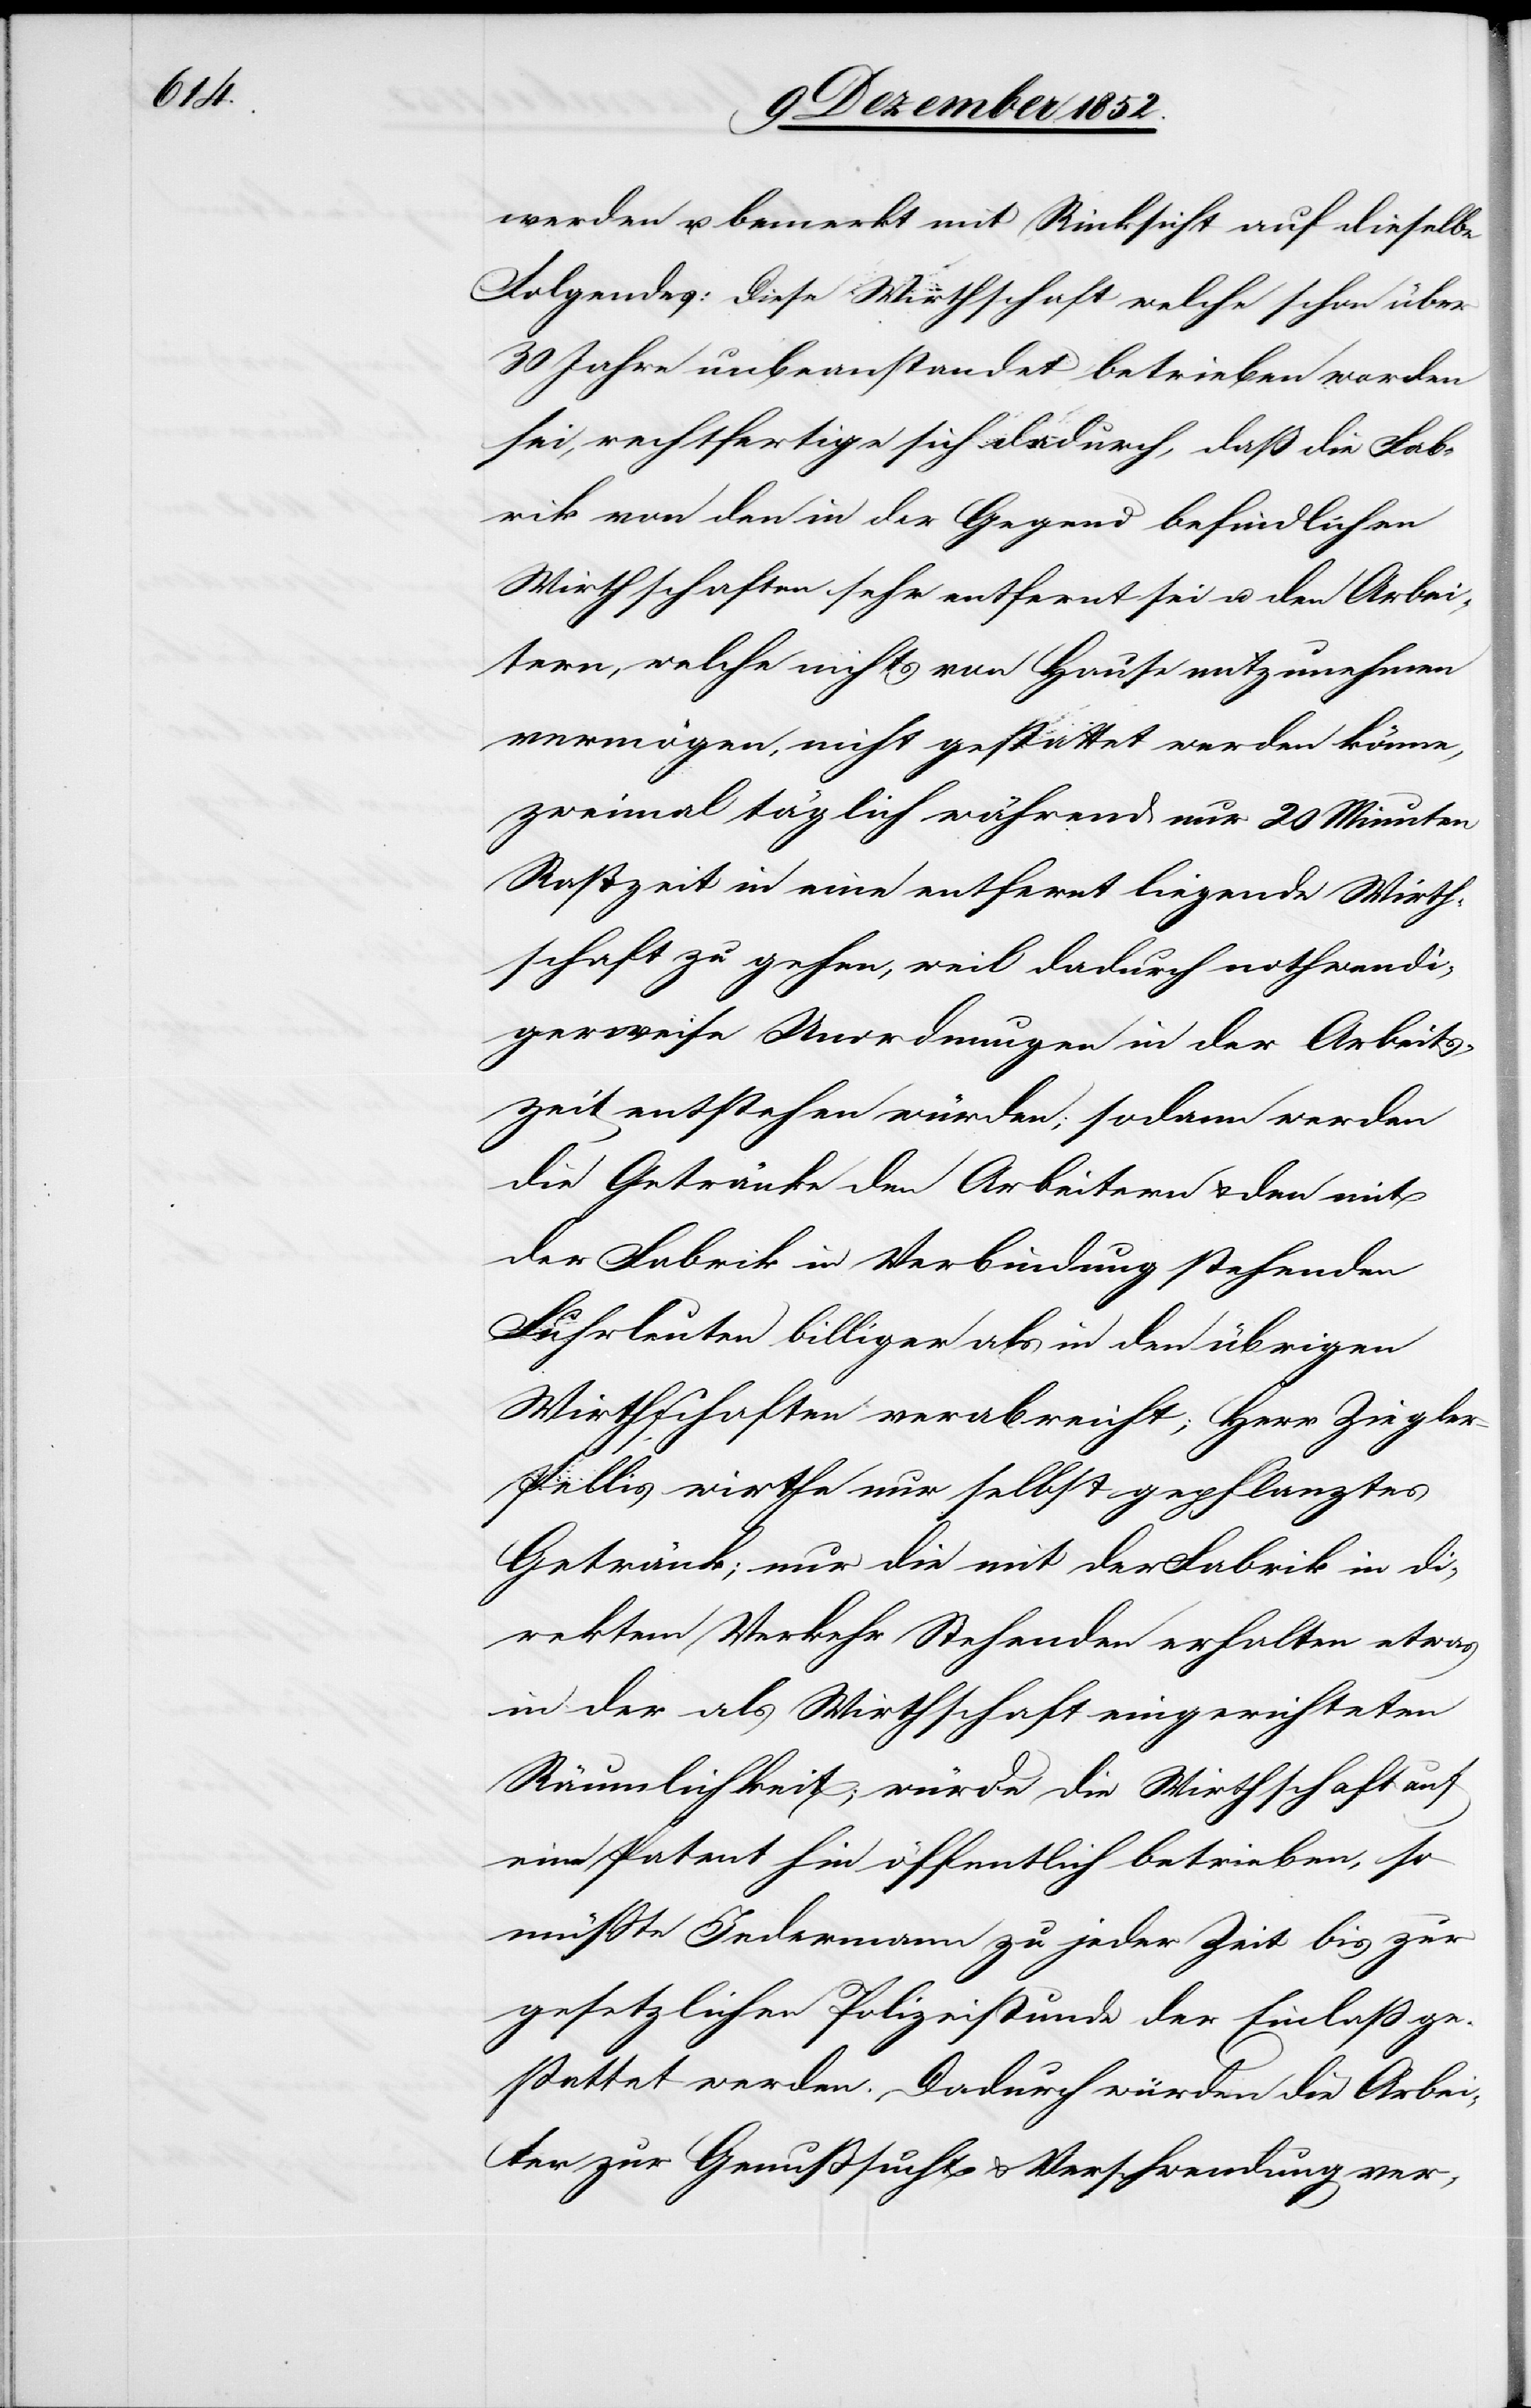
werden u. bemerkt mit Rücksicht auf dieselbe
Folgendes: Diese Wirthschaft welche schon über
30 Jahre unbeanstandet betrieben worden
sei, rechtfertige sich dadurch, daß die Fab¬
rik von den in der Gegend befindlichen
Wirthschaften sehr entfernt sei u. den Arbei¬
tern, welche nichts von Hause mitzunehmen
vermögen, nicht gestattet werden könne,
zweimal täglich während nur 20 Minuten
Rastzeit in eine entfernt liegende Wirth¬
schaft zu gehen, weil dadurch nothwendi¬
gerweise Unordnungen in der Arbeits¬
zeit entstehen würden; sodann werden
die Getränke den Arbeitern & den mit
der Fabrik in Verbindung stehenden
Fuhrleuten billiger als in den übrigen
Wirthschaften verabreicht; Herr Ziegle¬
r-Pellis wirthe nur selbst gepflanztes
Getränk; nur die mit der Fabrik in di¬
rektem Verkehr Stehenden erhalten etwas
in der als Wirthschaft eingerichteten
Räumlichkeit; würde die Wirthschaft auf
ein Patent hin öffentlich betrieben, so
müßte Jedermann zu jeder Zeit bis zur
gesetzlichen Polizeistunde der Einlaß ge¬
stattet werden. Dadurch würden die Arbei¬
ter zur Genußsucht & Verschwendung ver-